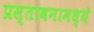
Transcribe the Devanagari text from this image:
प्रस्तावनामध्ये